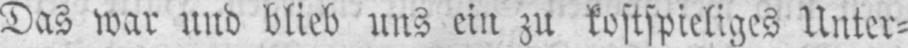
Das war und blieb uns ein zu kostspieliges Unter⸗